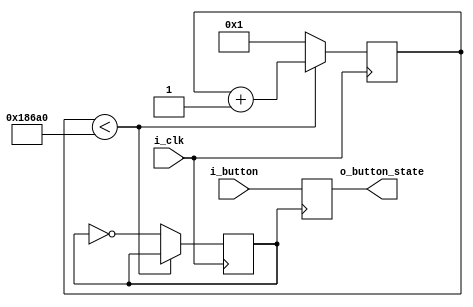
`timescale 1ns / 1ps
//////////////////////////////////////////////////////////////////////////////////
// Company: 
// Engineer: 
// 
// Design Name: 
// Module Name:    button_debounce 
// Project Name: 
// Target Devices: 
// Tool versions: 
// Description: 
//
// Dependencies: 
//
// Revision: 
// Revision 0.01 - File Created
// Additional Comments: 
//
//////////////////////////////////////////////////////////////////////////////////
module button_debounce(
    input i_clk,
    input i_button,
    output o_button_state
    );
    parameter IS_ACTIVE_LEVEL = 1'b1;

	// Frequency of i_clk in Hz 
	// default: 100 MHz = 100000000 Hz
	parameter  P_CLK_FREQ = 100000000;

   reg button_state;
   reg clk_slow;
   reg [19:0] clk_counter = 1;

	// Convert input clock to 200 Hz clock 
	always @(posedge i_clk)
	begin
		if (clk_counter < (P_CLK_FREQ/(2*500))) begin
			clk_counter <= clk_counter+{19'b0, 1'b1};
		end else begin 
			clk_counter <= 1;
			clk_slow    <= ~clk_slow;
		end
	end
   
   // Sample push button
   always @(posedge clk_slow)
   begin
      button_state <= i_button;
   end

   assign o_button_state = button_state;

endmodule